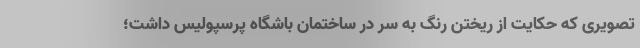
تصویری که حکایت از ریختن رنگ به سر درِ ساختمان باشگاه پرسپولیس داشت؛